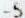
-5